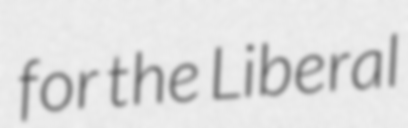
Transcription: for the Liberal